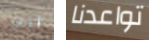
انت تواعدنا